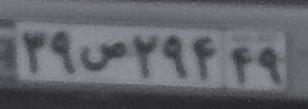
۳۹ص۲۹۴۴۹